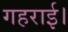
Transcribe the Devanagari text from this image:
गहराई।